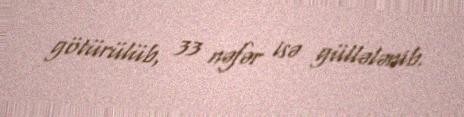
götürülüb, 33 nəfər isə güllələnib.